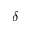
\delta